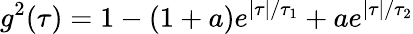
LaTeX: g^{2}(\tau)=1-(1+a)e^{|\tau|/\tau_{1}}+ae^{|\tau|/\tau_{2}}